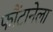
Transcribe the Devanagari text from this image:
फौंटानेला